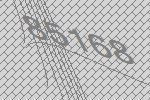
85168